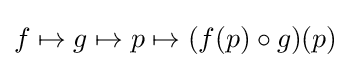
f\mapsto g\mapsto p\mapsto (f(p)\circ g)(p)